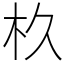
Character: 杦